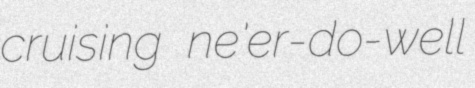
cruising ne'er-do-well